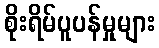
စိုးရိမ်ပူပန်မှုများ